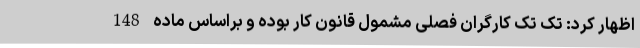
اظهار کرد: تک تک کارگران فصلی مشمول قانون کار بوده و براساس ماده 148